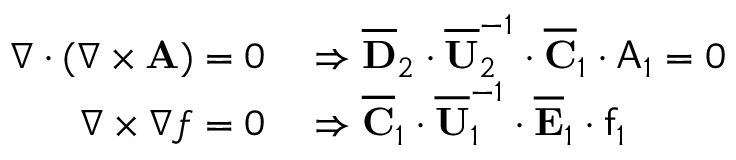
\begin{array} { r l } { \nabla \cdot ( \nabla \times \mathbf { A } ) = 0 } & { { } \Rightarrow \overline { { \mathbf { D } } } _ { 2 } \cdot \overline { { \mathbf { U } } } _ { 2 } ^ { - 1 } \cdot \overline { { \mathbf { C } } } _ { 1 } \cdot \mathsf { A } _ { 1 } = 0 } \\ { \nabla \times \nabla f = 0 } & { { } \Rightarrow \overline { { \mathbf { C } } } _ { 1 } \cdot \overline { { \mathbf { U } } } _ { 1 } ^ { - 1 } \cdot \overline { { \mathbf { E } } } _ { 1 } \cdot \mathsf { f } _ { 1 } } \end{array}